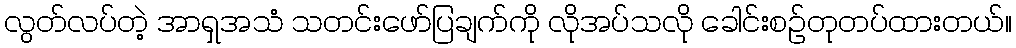
လွတ်လပ်တဲ့ အာရှအသံ သတင်းဖော်ပြချက်ကို လိုအပ်သလို ခေါင်းစဉ်တုတပ်ထားတယ်။